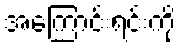
အကြောင်းရင်းကို